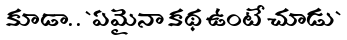
కూడా. . `ఏమైనా కథ ఉంటే చూడు`